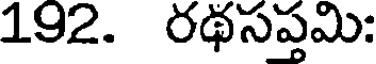
192. రథసప్తమి: